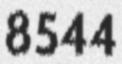
8544